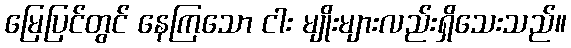
မြေပြင်တွင် နေကြသော ငါး မျိုးများလည်းရှိသေးသည်။